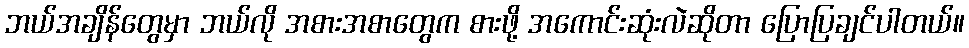
ဘယ်အချိန်တွေမှာ ဘယ်လို အစားအစာတွေက စားဖို့ အကောင်းဆုံးလဲဆိုတာ ပြောပြချင်ပါတယ်။